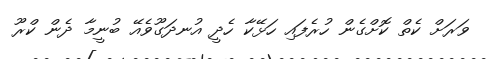
ވަރަށް ކެތް ކޮށްގެން ހުރެފައި ހަޅޭކާ ހެދީ އުނދަގޫވެއޭ ބުނީމާ ދެން ކްރޫ